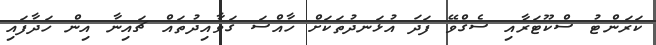
ކަރަންޓު ސްކޫޓަރާއި ސެގްވޭ ފަދަ އުޅަނދުތަކަށް ހާއްސަ ގަވާއިދުތައް ޗައިނާ އިން ހަދާފައި